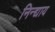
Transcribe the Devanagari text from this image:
निन्द्याय